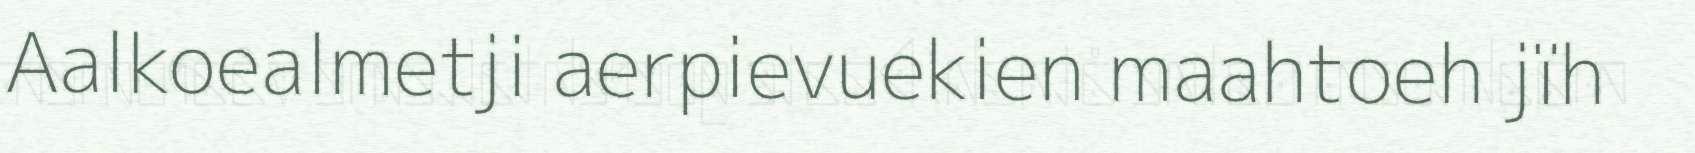
Aalkoealmetji aerpievuekien maahtoeh jïh